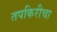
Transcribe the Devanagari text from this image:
तपकिरीचा